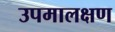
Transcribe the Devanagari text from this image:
उपमालक्षण